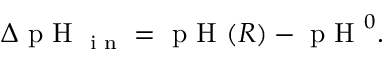
\begin{array} { r } { \Delta \textrm { p H } _ { \textrm { i n } } = \textrm { p H } ( R ) - \textrm { p H } ^ { 0 } . } \end{array}